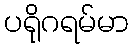
ပရိုဂရမ်မာ